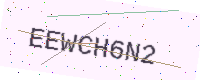
Text: EEWCH6N2